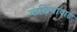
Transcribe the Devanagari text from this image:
कठियावाड